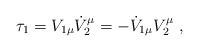
\begin{align*}\tau _1=V_{1\mu}\dot V_{2}^{\mu}=-\dot V_{1\mu}V_{2}^{\mu}~,\end{align*}